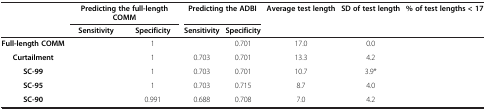
<table><thead><tr><td>[EMPTY_CELL]</td><td colspan="2"><b>Predicting the full-length COMM</b></td><td colspan="2"><b>Predicting the ADBI</b></td><td><b>Average test length</b></td><td><b>SD of test length</b></td><td><b>% of test lengths &lt; 17</b></td></tr><tr><td>[EMPTY_CELL]</td><td><b>Sensitivity</b></td><td><b>Specificity</b></td><td><b>Sensitivity</b></td><td><b>Specificity</b></td><td>[EMPTY_CELL]</td><td>[EMPTY_CELL]</td><td>[EMPTY_CELL]</td></tr></thead><tbody><tr><td><b>Full-length COMM</b></td><td>[EMPTY_CELL]</td><td>1</td><td>[EMPTY_CELL]</td><td>0.701</td><td>17.0</td><td>0.0</td><td>[EMPTY_CELL]</td></tr><tr><td><b>Curtailment</b></td><td>[EMPTY_CELL]</td><td>1</td><td>0.703</td><td>0.701</td><td>13.3</td><td>4.2</td><td>[EMPTY_CELL]</td></tr><tr><td><b>SC-99</b></td><td>[EMPTY_CELL]</td><td>1</td><td>0.703</td><td>0.701</td><td>10.7</td><td>3.9*</td><td>[EMPTY_CELL]</td></tr><tr><td><b>SC-95</b></td><td>[EMPTY_CELL]</td><td>1</td><td>0.703</td><td>0.715</td><td>8.7</td><td>4.0</td><td>[EMPTY_CELL]</td></tr><tr><td><b>SC-90</b></td><td>[EMPTY_CELL]</td><td>0.991</td><td>0.688</td><td>0.708</td><td>7.0</td><td>4.2</td><td>[EMPTY_CELL]</td></tr></tbody></table>